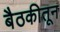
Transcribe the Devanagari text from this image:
बैठकीतून